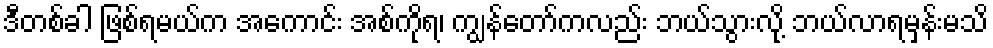
ဒီတစ်ခါ ဖြစ်ရမယ်က အကောင်း အစ်ကိုရ၊ ကျွန်တော်ကလည်း ဘယ်သွားလို့ ဘယ်လာရမှန်းမသိ